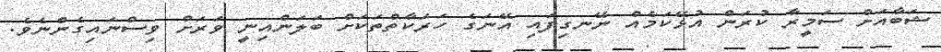
ޝަބާއަށް ސަމީރާ ކުރަން އުޅޭކަމެއް ނޭނގިފައި އޭނަގެ ހަރަކާތްތަކަށް ބަލަންއިނީ ވަރަށް ވިސްނައިގެންނެވެ.